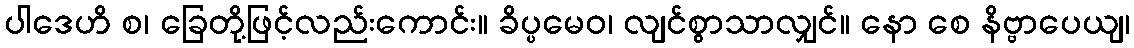
ပါဒေဟိ စ၊ ခြေတို့ဖြင့်လည်းကောင်း။ ခိပ္ပမေဝ၊ လျင်စွာသာလျှင်။ နော စေ နိဗ္ဗာပေယျ၊